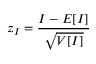
z _ { I } = \frac { I - E [ I ] } { \sqrt { V [ I ] } }